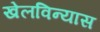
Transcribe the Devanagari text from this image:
खेलविन्यास